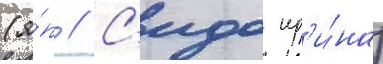
(я́п // С'идо ир'и́на)